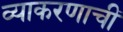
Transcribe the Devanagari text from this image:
व्याकरणाचीं